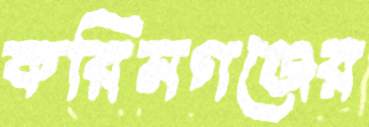
করিমগঞ্জের